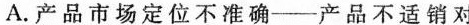
A.产品市场定位不准确--产品不适销对